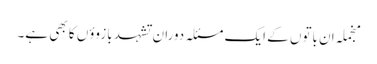
منجملہ ان باتوں کے ایک مسئلہ دوران تشہد بازوؤں کا بھی ہے۔